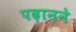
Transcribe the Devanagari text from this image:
पढ़ानने